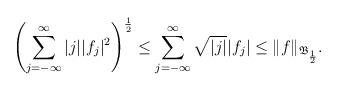
LaTeX: \begin{align*}\left(\sum_{j=-\infty}^\infty |j| |f_j|^2\right)^{\frac12} \leq \sum_{j=-\infty}^\infty \sqrt {|j|} |f_j|\leq \|f\|_{ \mathfrak B _{\frac{1}{2}}}.\end{align*}